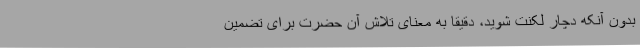
بدون آنکه دچار لکنت شوید، دقیقاً به معنای تلاش آن حضرت برای تضمین